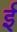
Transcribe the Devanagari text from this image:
र्इ